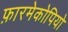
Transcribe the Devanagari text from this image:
फ़ारमेकोपियो